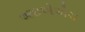
આઇએએચ